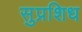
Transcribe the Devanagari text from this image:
सुप्रशिध